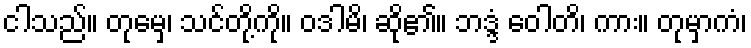
ငါသည်။ တုမှေ၊ သင်တို့ကို။ ဝဒါမိ၊ ဆို၏။ ဘဒ္ဒံ ဝေါတိ၊ ကား။ တုမှာကံ၊